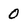
Character: 0